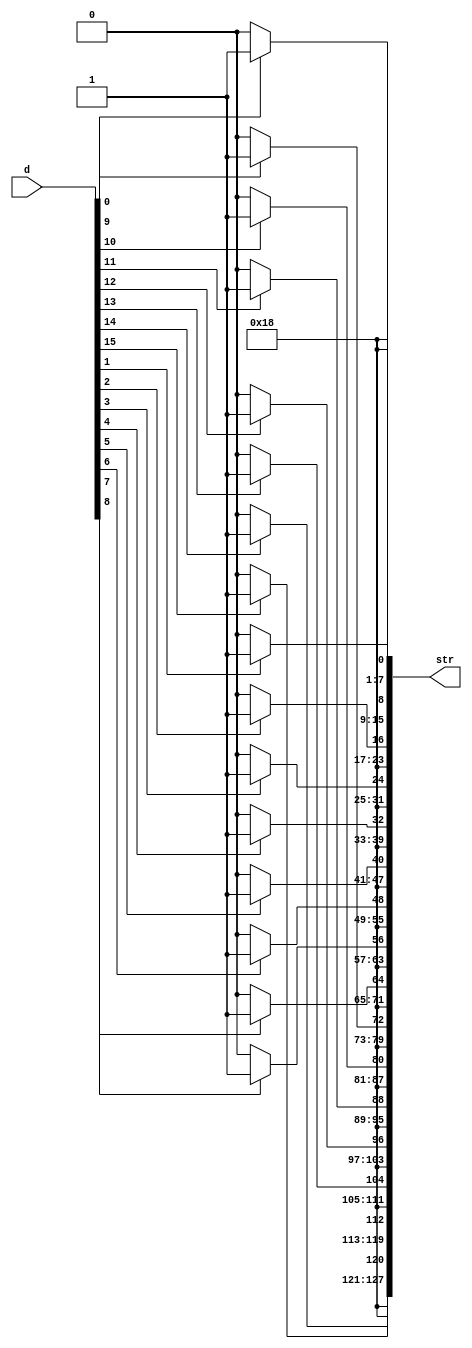
`timescale 1ns / 1ps
//////////////////////////////////////////////////////////////////////////////////
// Company: 
// Engineer: 
// 
// Design Name: 
// Module Name: d2str
// Project Name: 
// Target Devices: 
// Tool Versions: 
// Description: 
// 
// Dependencies: 
// 
// Revision:
// Revision 0.01 - File Created
// Additional Comments:
// 
//////////////////////////////////////////////////////////////////////////////////


module D2STR_B#
    (
    parameter integer len = 16 // Symbols to show
    )
    (
        output wire [127:0] str,
        input wire [len-1:0] d
    );
    genvar i;
    generate
    for (i = 0; i < len; i = i + 1) begin
        assign str[8*i+7:8*i] = d[i]? "1" : "0";
    end
    for (i = len; i < 16; i = i + 1) begin
        assign str[8*i+7:8*i] = " ";
    end
    endgenerate
endmodule


module D2STR_H#
    (
    parameter integer len = 16 // Symbols to show
    )
    (
        input wire GCLK,
        output reg [127:0] str = "????????????????",
        input wire [4*len-1:0] d
    );
    
    genvar i;
    generate
    for (i = 0; i < len; i = i + 1) begin: test
        always @(posedge GCLK) begin
            case (d[4*i+3:4*i])
            4'd0: str[8*i+7:8*i] <= "0";
            4'd1: str[8*i+7:8*i] <= "1";
            4'd2: str[8*i+7:8*i] <= "2";
            4'd3: str[8*i+7:8*i] <= "3";
            4'd4: str[8*i+7:8*i] <= "4";
            4'd5: str[8*i+7:8*i] <= "5";
            4'd6: str[8*i+7:8*i] <= "6";
            4'd7: str[8*i+7:8*i] <= "7";
            4'd8: str[8*i+7:8*i] <= "8";
            4'd9: str[8*i+7:8*i] <= "9";
            4'd10: str[8*i+7:8*i] <= "A";
            4'd11: str[8*i+7:8*i] <= "B";
            4'd12: str[8*i+7:8*i] <= "C";
            4'd13: str[8*i+7:8*i] <= "D";
            4'd14: str[8*i+7:8*i] <= "E";
            4'd15: str[8*i+7:8*i] <= "F";
            default: str[8*i+7:8*i] <= " ";
            endcase            
        end
    end
    for (i = len; i < 16; i = i + 1) begin
        always @(posedge GCLK) begin
            str[8*i+7:8*i] <= " ";
        end
    end
    endgenerate

endmodule



module D2STR_D#
    (
    parameter integer len = 4 // Symbols to show
    )
    (
        input wire GCLK,
        output reg [127:0] str = "????????????????",
        input wire [4*len-1:0] d
    );
    
    genvar i;
    generate
    for (i = 0; i < len; i = i + 1) begin: test
        always @(posedge GCLK) begin
            case (d[4*i+3:4*i])
            4'd0: str[8*i+7:8*i] <= "0";
            4'd1: str[8*i+7:8*i] <= "1";
            4'd2: str[8*i+7:8*i] <= "2";
            4'd3: str[8*i+7:8*i] <= "3";
            4'd4: str[8*i+7:8*i] <= "4";
            4'd5: str[8*i+7:8*i] <= "5";
            4'd6: str[8*i+7:8*i] <= "6";
            4'd7: str[8*i+7:8*i] <= "7";
            4'd8: str[8*i+7:8*i] <= "8";
            4'd9: str[8*i+7:8*i] <= "9";
            4'd10: str[8*i+7:8*i] <= " ";
            4'd11: str[8*i+7:8*i] <= " ";
            4'd12: str[8*i+7:8*i] <= " ";
            4'd13: str[8*i+7:8*i] <= " ";
            4'd14: str[8*i+7:8*i] <= " ";
            4'd15: str[8*i+7:8*i] <= "-";
            default: str[8*i+7:8*i] <= " ";
            endcase            
        end
    end
    for (i = len; i < 16; i = i + 1) begin
        always @(posedge GCLK) begin
            str[8*i+7:8*i] <= " ";
        end
    end
    endgenerate

endmodule